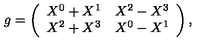
g = \left( \begin{array} { c c c } { X ^ { 0 } + X ^ { 1 } } & { X ^ { 2 } - X ^ { 3 } } \\ { X ^ { 2 } + X ^ { 3 } } & { X ^ { 0 } - X ^ { 1 } } \\ \end{array} \right) ,